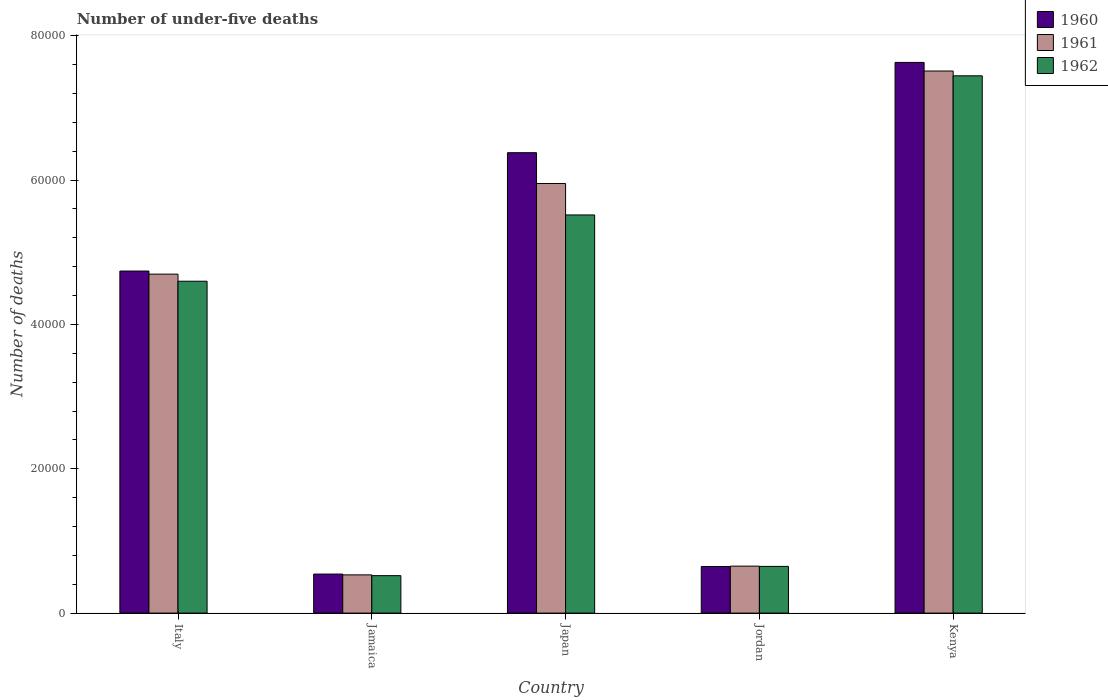
| Country | 1960 | 1961 | 1962 |
 | --- | --- | --- | --- |
 | Italy | 4.74e+04 | 4.7e+04 | 4.6e+04 |
 | Jamaica | 5.41e+03 | 5.3e+03 | 5.19e+03 |
 | Japan | 6.38e+04 | 5.95e+04 | 5.52e+04 |
 | Jordan | 6.46e+03 | 6.51e+03 | 6.47e+03 |
 | Kenya | 7.63e+04 | 7.51e+04 | 7.44e+04 |